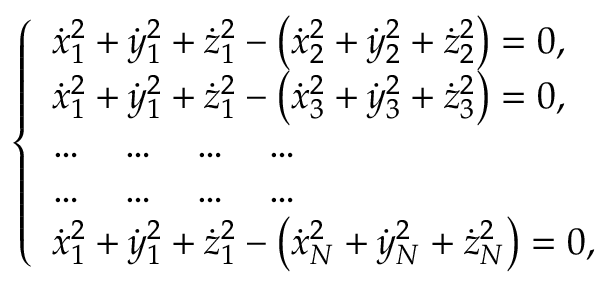
\left\{ \begin{array} { l } { { \dot { x } } _ { 1 } ^ { 2 } + { \dot { y } } _ { 1 } ^ { 2 } + { \dot { z } } _ { 1 } ^ { 2 } - \left( { \dot { x } } _ { 2 } ^ { 2 } + { \dot { y } } _ { 2 } ^ { 2 } + { \dot { z } } _ { 2 } ^ { 2 } \right) = 0 , } \\ { { \dot { x } } _ { 1 } ^ { 2 } + { \dot { y } } _ { 1 } ^ { 2 } + { \dot { z } } _ { 1 } ^ { 2 } - \left( { \dot { x } } _ { 3 } ^ { 2 } + { \dot { y } } _ { 3 } ^ { 2 } + { \dot { z } } _ { 3 } ^ { 2 } \right) = 0 , } \\ { \dots \quad \dots \quad \dots \quad \dots } \\ { \dots \quad \dots \quad \dots \quad \dots } \\ { { \dot { x } } _ { 1 } ^ { 2 } + { \dot { y } } _ { 1 } ^ { 2 } + { \dot { z } } _ { 1 } ^ { 2 } - \left( { \dot { x } } _ { N } ^ { 2 } + { \dot { y } } _ { N } ^ { 2 } + { \dot { z } } _ { N } ^ { 2 } \right) = 0 , } \end{array} \right.